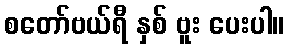
စတော်ဗယ်ရီ နှစ် ဗူး ပေးပါ။